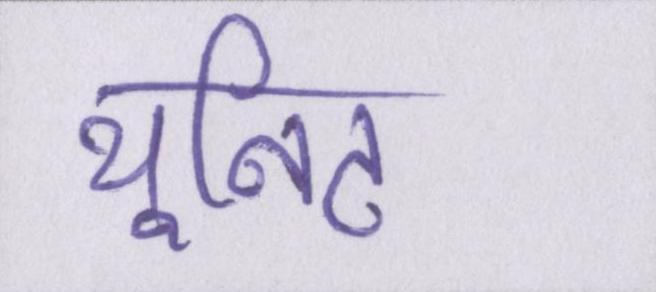
यूनिट